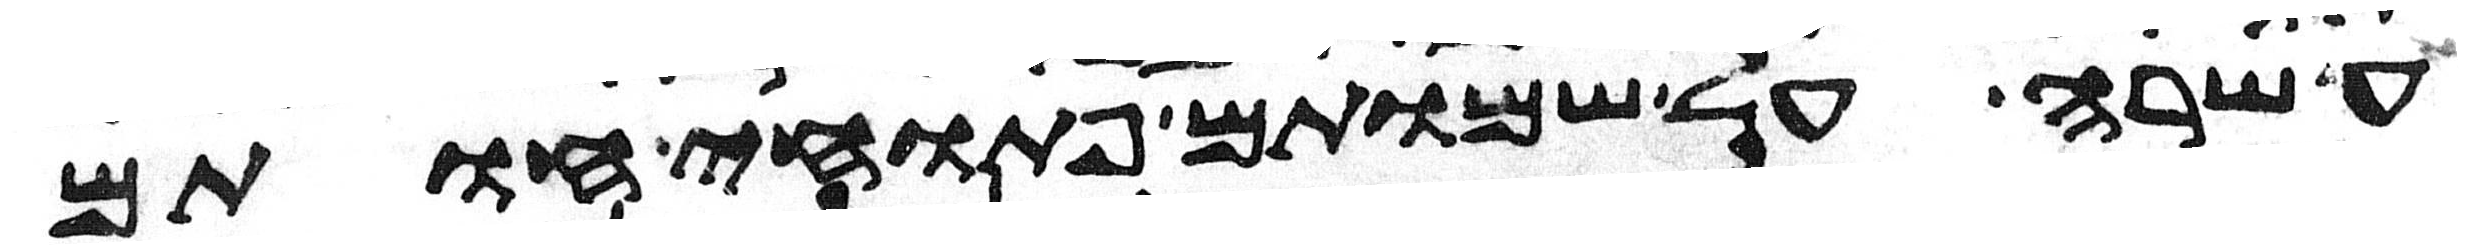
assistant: עשרה על שמותם פתוחי חותם